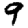
Digit: 9